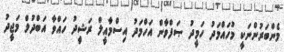
މެންބަރުންނަކީ މުހައްމަދު ހަމީދު ޞަފްވާން އަހްމަދު އިސްމާއީލް ރަޝީދު ހައްވާ އަބްދުލް މަޖީދު